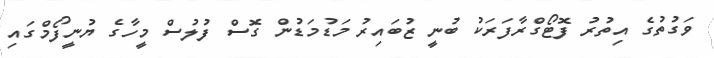
ވަގުތުގެ އިތުރު ފޮޓޯގްރާފަރަކު ބުނީ ޒުބައިރު މަޑުމަޑުން ގޮސް ފުލުސް މީހާގެ ޔުނީފޯމްގައި